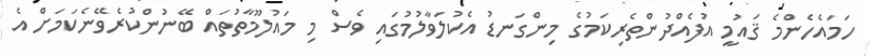
ހަމައެހެންމެ ޤައުމީ އުފެއްދުންތެރިކަމުގެ މިންގަނޑު އެކުލަވާލުމުގައި ވެސް މި މައުލޫމާތުތައް ބޭނުންކުރެވޭނެކަމަށް އެ